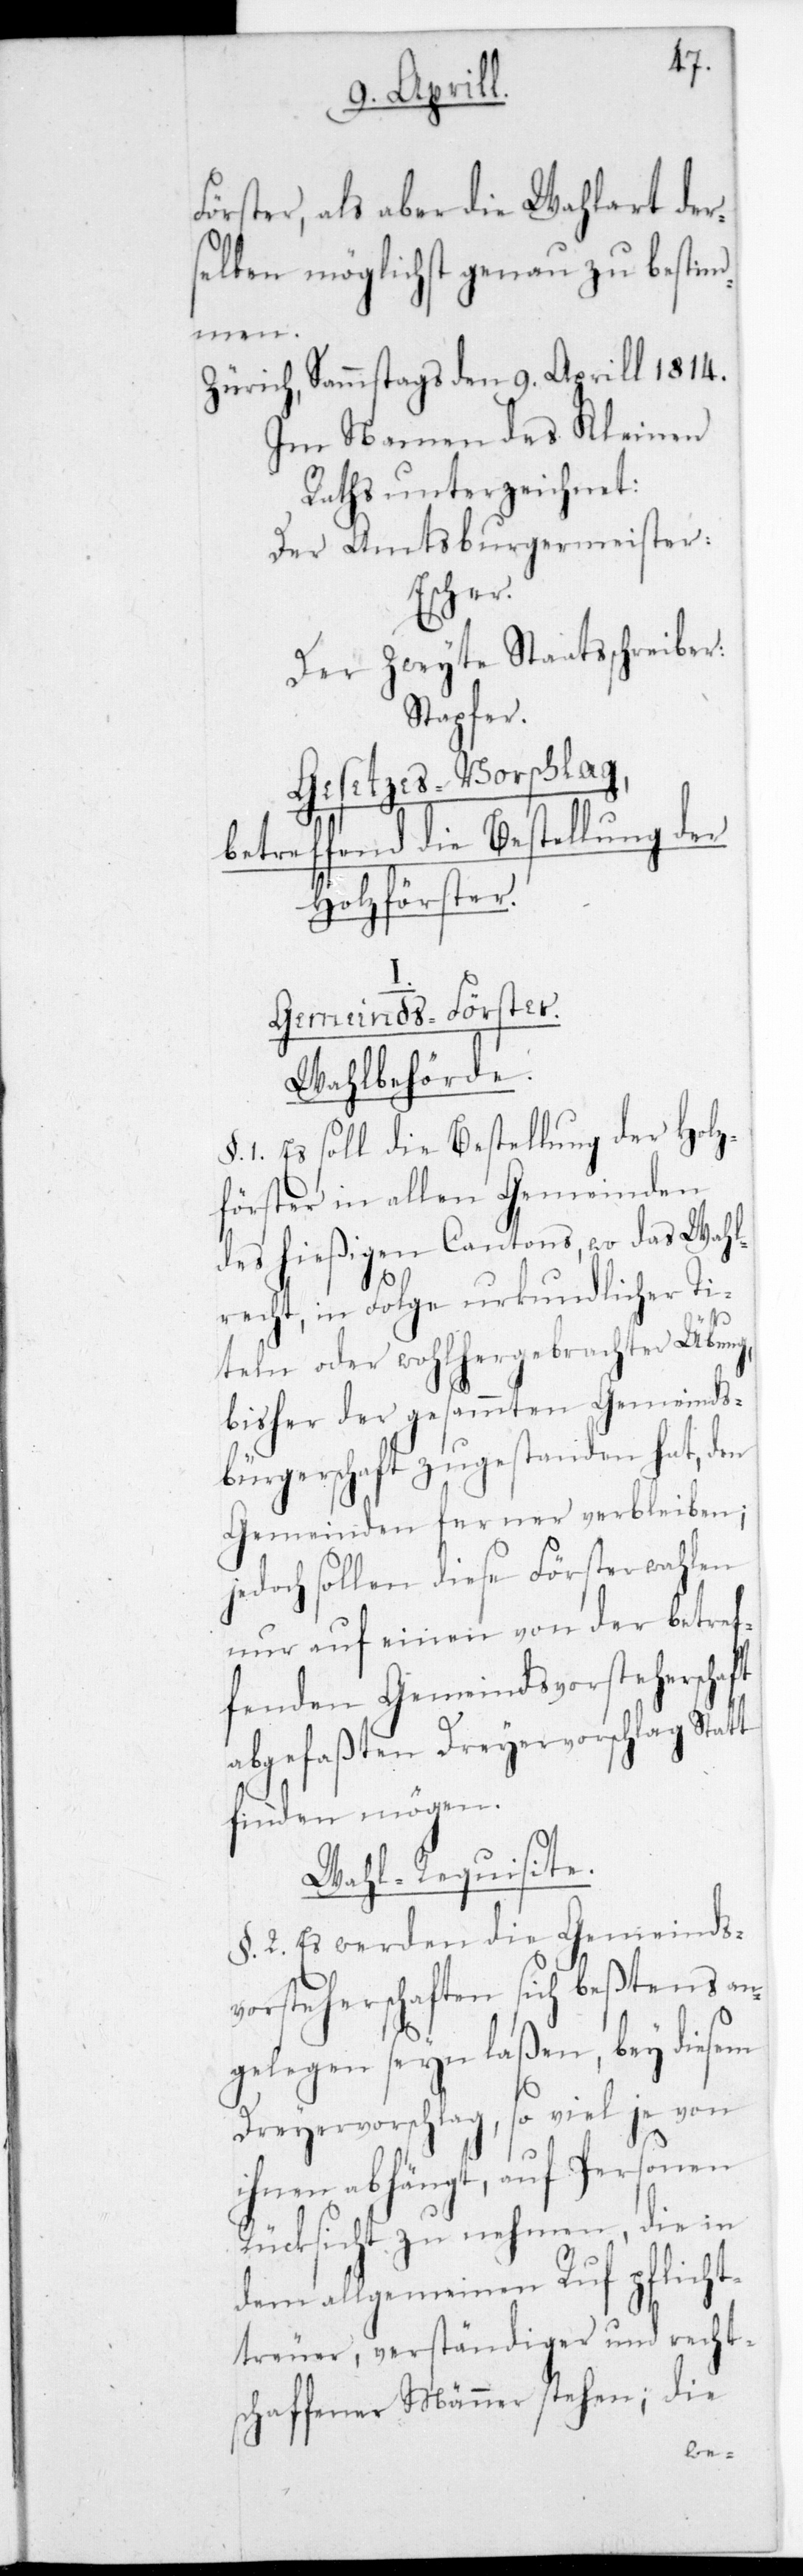
Förster, als aber die Wahlart der¬
selben möglichst genau zu bestim¬
men.
Zürich, Sammstags den 9ten Aprill 1814.
Im Namen des Kleinen
Raths unterzeichnet:
Der Amtsburgermeister:
Escher.
Der zweyte Staatsschreiber:
Stapfer.
Gesetzes-Vorschlag,
betreffend die Bestellung der
Holzförster.
Gemeinds-Förster.
Wahlbehörde.
§. 1. Es soll die Bestellung der Holz¬
förster in allen Gemeinden
des hießigen Cantons, wo das Wahl¬
recht in Folge urkundlicher Ti¬
teln oder wohlhergebrachter Übung,
bisher der gesammten Gemeinds¬
bürgerschaft zugestanden hat, den
Gemeinden ferner verbleiben;
jedoch sollen diese Försterwahlen
nur auf einen von der betref¬
fenden Gemeindsvorsteherschaft
abgefaßten Dreyervorschlag Statt
finden mögen.
Wahl-Requisite.
§. 2. Es werden die Gemeinds¬
vorsteherschaften sich beßtens an¬
gelegen sein laßen, bey diesem
Dreyervorschlag, so viel je von
ihnen abhängt, auf Personen
Rücksicht zu nehmen, die in
dem allgemeinen Ruf pflicht¬
treuer, verständiger und rechts¬
chaffener Männer stehen; die